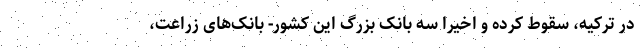
در ترکیه، سقوط کرده و اخیرا سه بانک بزرگ این کشور- بانک‌های زراعت،